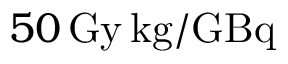
5 0 \, \mathrm { G y } \, \mathrm { k g } / \mathrm { G B q }